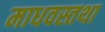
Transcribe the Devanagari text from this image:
माधवस्तथा